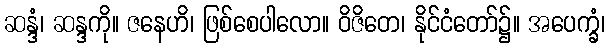
ဆန္ဒံ၊ ဆန္ဒကို။ ဇနေဟိ၊ ဖြစ်စေပါလော။ ဝိဇိတေ၊ နိုင်ငံတော်၌။ အပေက္ခံ၊